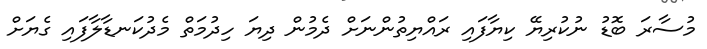
މުސާރަ ބޮޑު ނުކުރިޔޭ ކިޔާފައި ރައްޔިތުންނަށް ދެމުން ދިޔަ ހިދުމަތް މެދުކަނޑާލާފައި ގެޔަށް